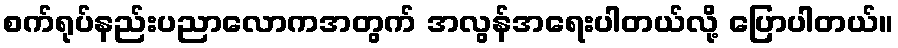
စက်ရုပ်နည်းပညာလောကအတွက် အလွန်အရေးပါတယ်လို့ ပြောပါတယ်။